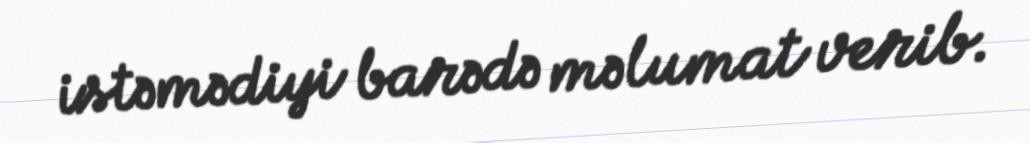
istəmədiyi barədə məlumat verib.